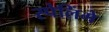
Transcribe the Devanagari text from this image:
स्पेलिंगे